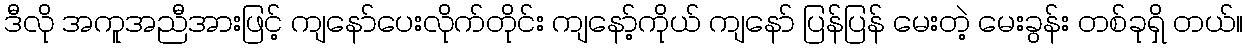
ဒီလို အကူအညီအားဖြင့် ကျနော်ပေးလိုက်တိုင်း ကျနော့်ကိုယ် ကျနော် ပြန်ပြန် မေးတဲ့ မေးခွန်း တစ်ခုရှိ တယ်။